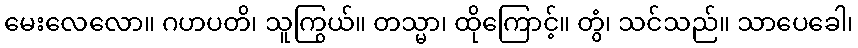
မေးလေလော။ ဂဟပတိ၊ သူကြွယ်။ တသ္မာ၊ ထိုကြောင့်။ တွံ၊ သင်သည်။ သာပေခေါ၊